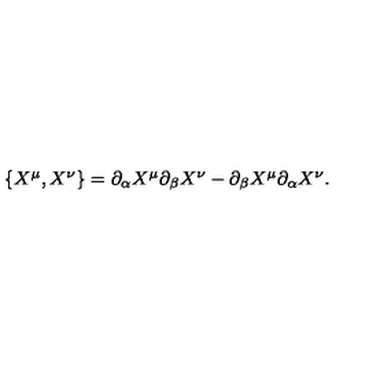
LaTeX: \begin{array} { l c r } { \{ X ^ { \mu } , X ^ { \nu } \} = \partial _ { \alpha } X ^ { \mu } \partial _ { \beta } X ^ { \nu } - \partial _ { \beta } X ^ { \mu } \partial _ { \alpha } X ^ { \nu } . } \\ \end{array}